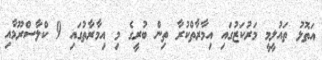
އަތޮޅު ތައުލީމީ މަރުކަޒުގައި އިމާރާތްކުރާ ތިން ބުރީގެ މި އިމާރާތުގައި 9 ކްލާސްރޫމާއި